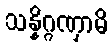
သန္နိဂ္ဂဏှာမိ